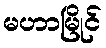
မဟာမြိုင်